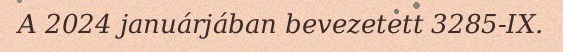
A 2024 januárjában bevezetett 3285-IX.